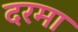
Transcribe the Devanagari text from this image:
दरमा